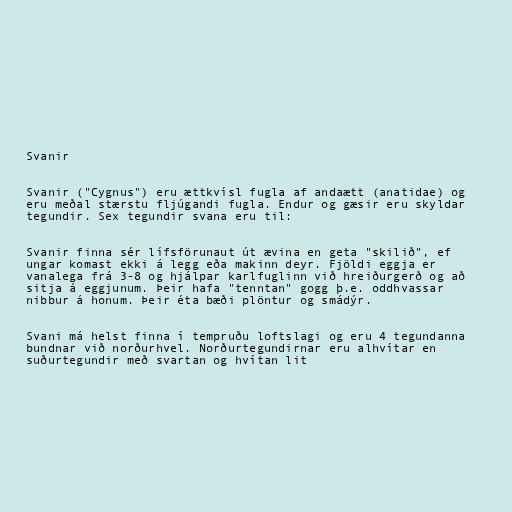
Svanir

Svanir ("Cygnus") eru ættkvísl fugla af andaætt (anatidae) og
eru meðal stærstu fljúgandi fugla. Endur og gæsir eru skyldar
tegundir. Sex tegundir svana eru til:

Svanir finna sér lífsförunaut út ævina en geta "skilið", ef
ungar komast ekki á legg eða makinn deyr. Fjöldi eggja er
vanalega frá 3-8 og hjálpar karlfuglinn við hreiðurgerð og að
sitja á eggjunum. Þeir hafa "tenntan" gogg þ.e. oddhvassar
nibbur á honum. Þeir éta bæði plöntur og smádýr.

Svani má helst finna í tempruðu loftslagi og eru 4 tegundanna
bundnar við norðurhvel. Norðurtegundirnar eru alhvítar en
suðurtegundir með svartan og hvítan lit